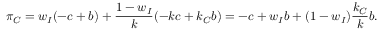
\pi _ { C } = w _ { I } ( - c + b ) + \frac { 1 - w _ { I } } { k } ( - k c + k _ { C } b ) = - c + w _ { I } b + ( 1 - w _ { I } ) \frac { k _ { C } } { k } b .